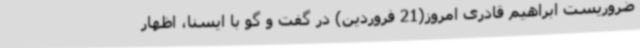
ضروریست ابراهیم قادری امروز(21 فروردین) در گفت و گو با ایسنا، اظهار